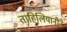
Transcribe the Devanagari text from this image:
ताहिलियानीने